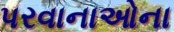
પરવાનાઓના